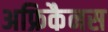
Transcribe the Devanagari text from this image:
अफ्रिकैनस